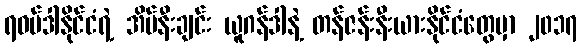
ရဝမ်ဒါနိုင်ငံရဲ့ အိမ်နီးချင်း ယူဂန်ဒါနဲ့ တန်ဇန်းနီးယားနိုင်ငံတွေမှာ ၂၀၁၇